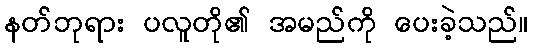
နတ်ဘုရား ပလူတို၏ အမည်ကို ပေးခဲ့သည်။